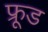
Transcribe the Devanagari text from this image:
फ्रूड